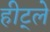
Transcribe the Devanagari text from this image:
हीट्ले